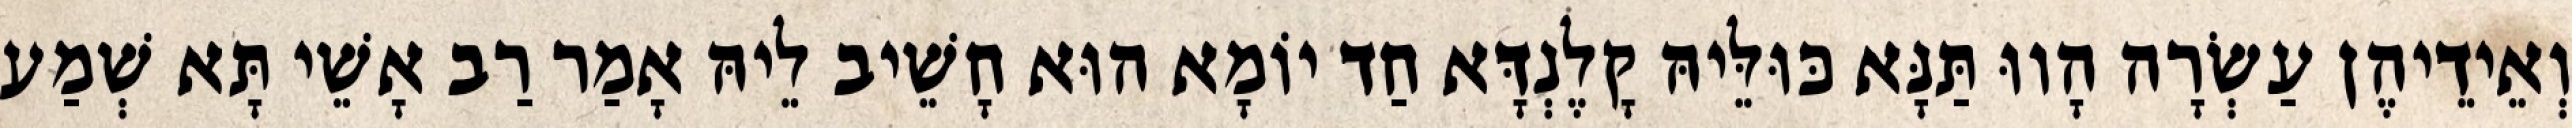
וְאֵידֵיהֶן עַשְׂרָה הָווּ תַּנָּא כּוּלֵּיהּ קָלֶנְדָּא חַד יוֹמָא הוּא חָשֵׁיב לֵיהּ אָמַר רַב אָשֵׁי תָּא שְׁמַע